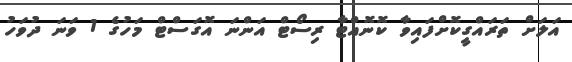
އަލަށް ތަރައްގީކޮށްފައިވާ ކޮނޮއްޓާ ރިސޯޓް އަންނަ އޮގަސްޓް މަހުގެ 1 ވަނަ ދުވަހު